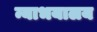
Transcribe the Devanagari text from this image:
न्याभयालय